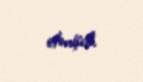
etmişdi.